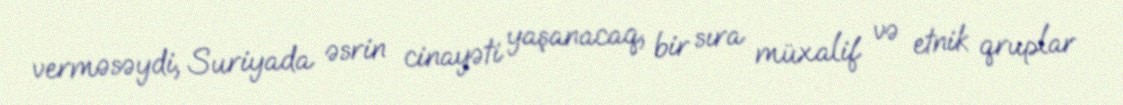
verməsəydi, Suriyada əsrin cinayəti yaşanacaq, bir sıra müxalif və etnik qruplar